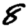
Digit: 8